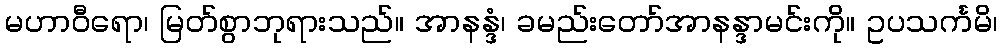
မဟာဝီရော၊ မြတ်စွာဘုရားသည်။ အာနန္ဒံ၊ ခမည်းတော်အာနန္ဒာမင်းကို။ ဥပသင်္ကမိ၊